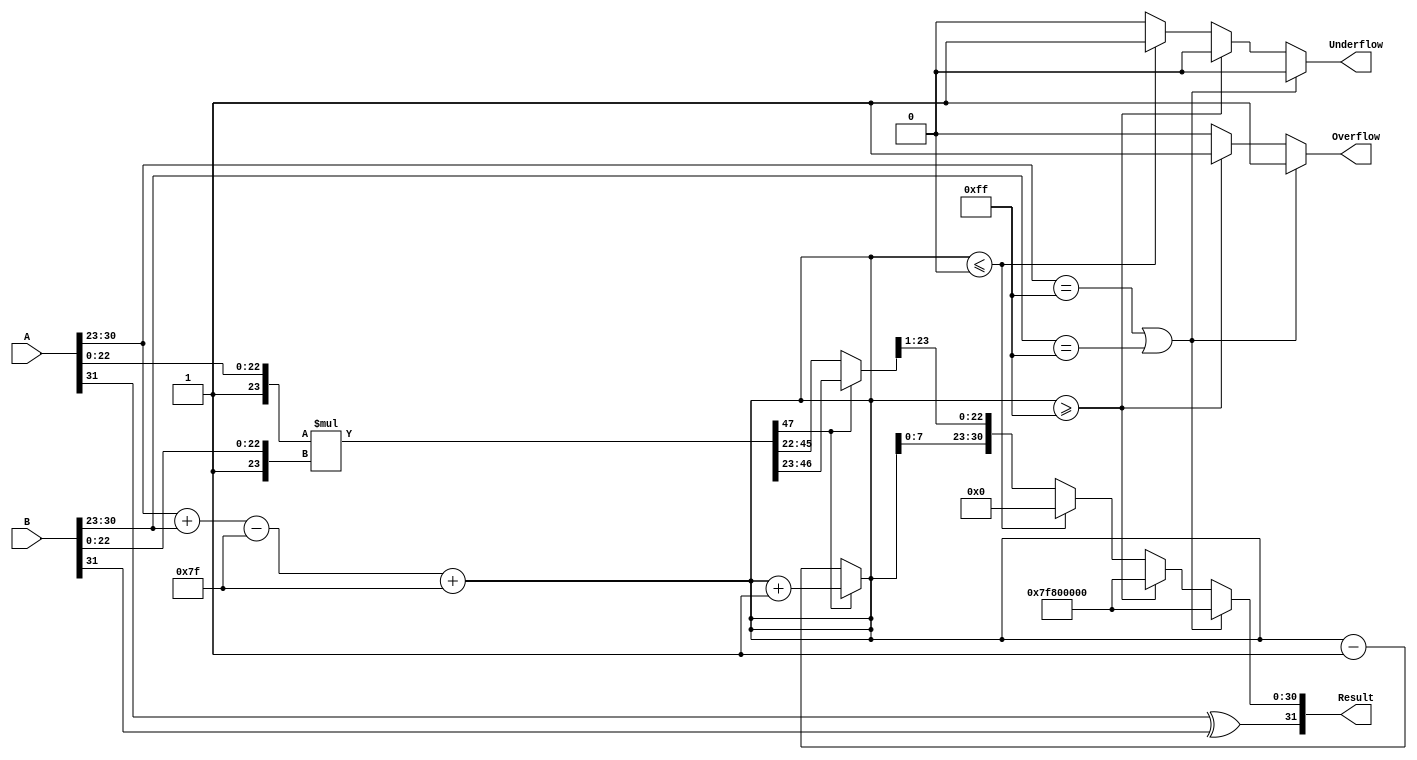
module floating_point_multiplier (
    input  wire [31:0] A,        // First floating-point operand
    input  wire [31:0] B,        // Second floating-point operand
    output reg  [31:0] Result,    // Resulting floating-point product
    output reg  Overflow,          // Overflow flag
    output reg  Underflow          // Underflow flag
);

    // Constants
    localparam BIAS = 8'd127;
    localparam EXPONENT_BITS = 8;
    localparam MANTISSA_BITS = 23;

    // Internal signals
    wire signA, signB, signResult;
    wire [EXPONENT_BITS-1:0] expA, expB, expResult;
    wire [MANTISSA_BITS:0] mantA, mantB; // 24 bits for implicit leading 1
    wire [47:0] mantProduct; // 48 bits for product
    reg [EXPONENT_BITS:0] expTemp; // Temporary exponent for normalization
    reg [MANTISSA_BITS:0] mantNormalized; // Normalized mantissa
    reg [EXPONENT_BITS:0] expAdjusted; // Adjusted exponent after normalization

    // Extract sign, exponent, and mantissa
    assign signA = A[31];
    assign signB = B[31];
    assign expA = A[30:23];
    assign expB = B[30:23];
    assign mantA = {1'b1, A[22:0]}; // Implicit leading 1
    assign mantB = {1'b1, B[22:0]}; // Implicit leading 1

    // Sign calculation
    assign signResult = signA ^ signB;

    // Exponent calculation
    always @(*) begin
        expTemp = {1'b0, expA} + {1'b0, expB} - BIAS; // Add exponents and subtract bias
        expAdjusted = expTemp + BIAS; // Add bias back
    end

    // Mantissa multiplication
    assign mantProduct = mantA * mantB;

    // Normalization
    always @(*) begin
        if (mantProduct[47]) begin
            // If the product is greater than or equal to 2, shift right
            mantNormalized = mantProduct[46:23]; // Keep the top 24 bits
            expAdjusted = expAdjusted + 1; // Increment exponent
        end else begin
            // If the product is less than 1, shift left
            mantNormalized = mantProduct[45:22]; // Keep the top 24 bits
            expAdjusted = expAdjusted - 1; // Decrement exponent
        end
    end

    // Result assembly
    always @(*) begin
        // Handle special cases
        if (expA == 8'b11111111 || expB == 8'b11111111) begin
            // If either input is NaN or Infinity
            Result = {signResult, 8'b11111111, 23'b0}; // Result is NaN or Infinity
            Overflow = 1'b1;
            Underflow = 1'b0;
        end else if (expAdjusted >= 8'b11111111) begin
            // Overflow condition
            Result = {signResult, 8'b11111111, 23'b0}; // Result is Infinity
            Overflow = 1'b1;
            Underflow = 1'b0;
        end else if (expAdjusted <= 0) begin
            // Underflow condition
            Result = {signResult, 8'b0, 23'b0}; // Result is zero
            Overflow = 1'b0;
            Underflow = 1'b1;
        end else begin
            // Normal case
            Result = {signResult, expAdjusted[7:0], mantNormalized[MANTISSA_BITS:1]};
            Overflow = 1'b0;
            Underflow = 1'b0;
        end
    end

endmodule